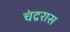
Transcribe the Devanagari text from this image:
चंद्ररास